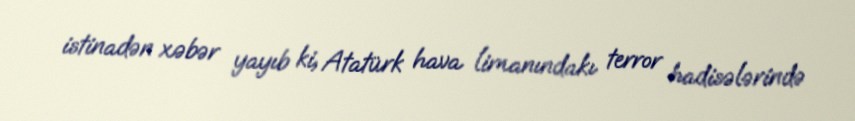
istinadən xəbər yayıb ki, Atatürk hava limanındakı terror hadisələrində